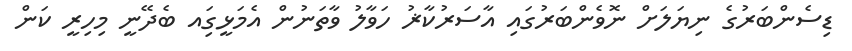
ޑިސެންބަރުގެ ނިޔަލަށް ނޮވެންބަރުގައި އާސަރުކާޜު ހަވާލު ވާތަނުން އެމަޅީގަިއ ބެދޭނީ މިހިރީ ކަން